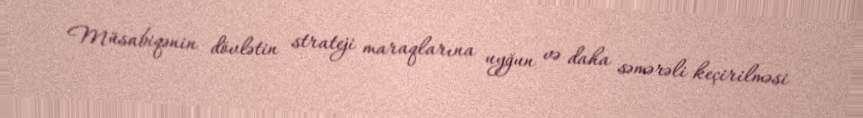
Müsabiqənin dövlətin strateji maraqlarına uyğun və daha səmərəli keçirilməsi